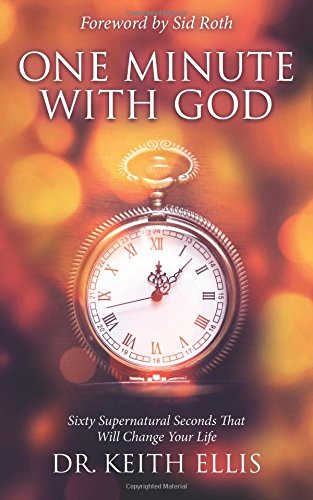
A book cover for One Minute With God: Sixty Supernatural Seconds that will Change Your Life; Keith Ellis; Christian Books & Bibles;